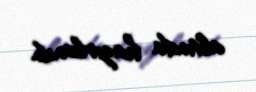
altında hazırlanıb.